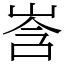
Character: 㟔